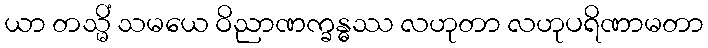
ယာ တသ္မိံ သမယေ ဝိညာဏက္ခန္ဓဿ လဟုတာ လဟုပရိဏာမတာ